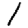
Digit: 1